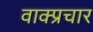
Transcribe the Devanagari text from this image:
वाक्‍प्रचार